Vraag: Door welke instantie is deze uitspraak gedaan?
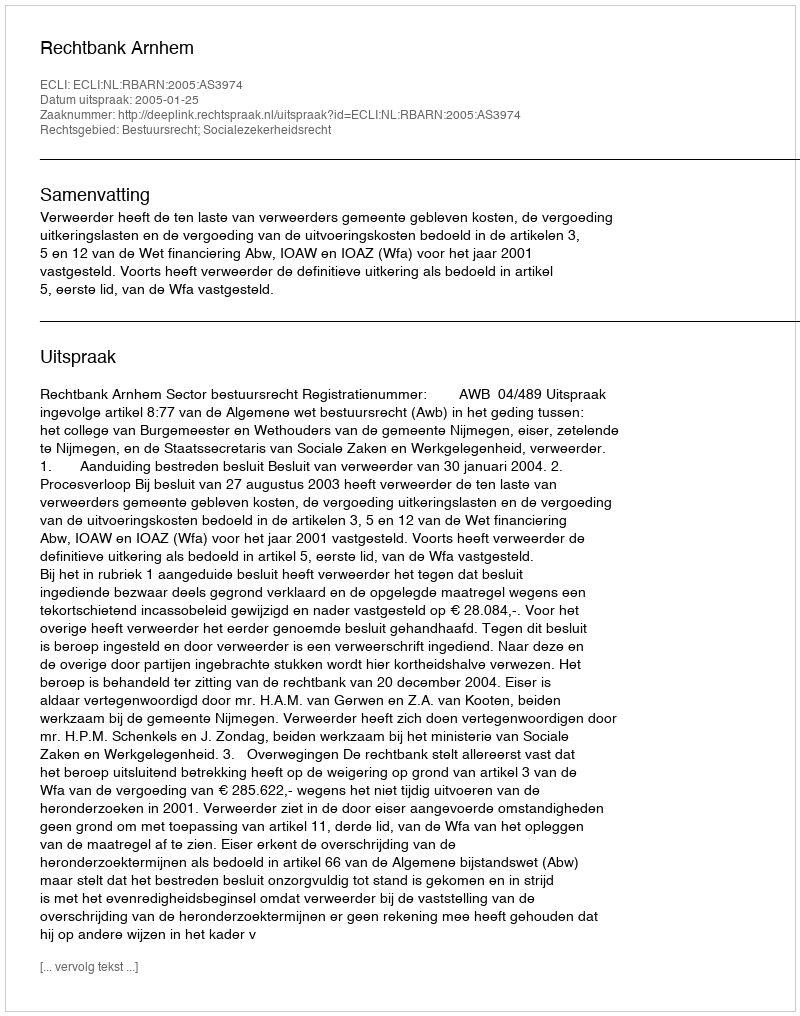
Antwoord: Rechtbank Arnhem